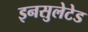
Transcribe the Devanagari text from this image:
इनसुलेटेड